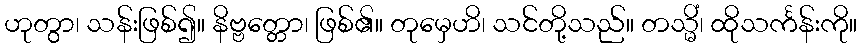
ဟုတွာ၊ သန်းဖြစ်၍။ နိဗ္ဗတ္တော၊ ဖြစ်၏။ တုမှေဟိ၊ သင်တို့သည်။ တသ္မိံ၊ ထိုသင်္ကန်းကို။